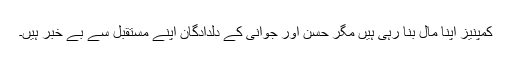
کمپنیز اپنا مال بنا رہی ہیں مگر حسن اور جوانی کے دلدادگان اپنے مستقبل سے بے خبر ہیں۔